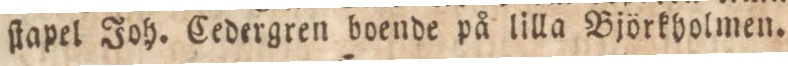
ſtapel Joh. Cedergren boende på lilla Björkholmen.